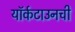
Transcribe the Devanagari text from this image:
यॉर्कटाउनची